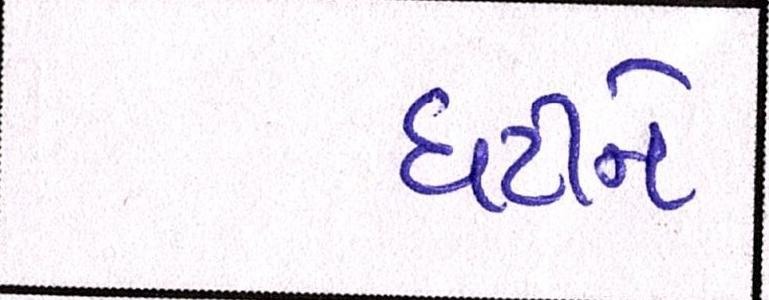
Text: ઘટીને